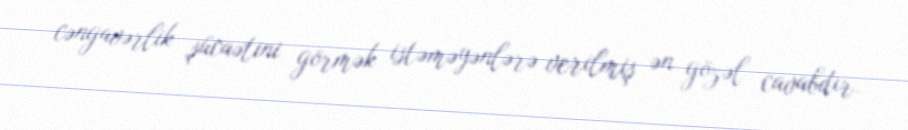
cəngavərlik şücaətini görmək istəməyənlərə verilmiş ən gözəl cavabdır.